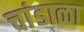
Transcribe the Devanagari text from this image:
चांडाळा